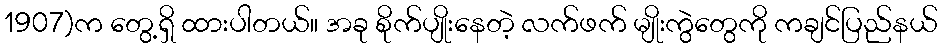
1907)က တွေ့ရှိ ထားပါတယ်။ အခု စိုက်ပျိုးနေတဲ့ လက်ဖက် မျိုးကွဲတွေကို ကချင်ပြည်နယ်